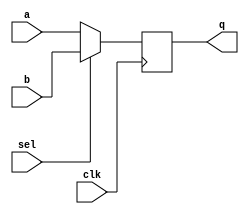
/*
 * D-type FF
 * $Id$
 */

//`define REG_DELAY 4
`define REG_DELAY 0

module ff_dsel (q, a, b, sel, clk );
  input a, b, sel, clk;
  output q;
  reg q;

  initial q <= #5 0;

  always @(posedge clk)
    q <= #(`REG_DELAY) sel ? b : a;

endmodule